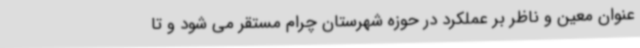
عنوان معین و ناظر بر عملکرد در حوزه شهرستان چرام مستقر می شود و تا